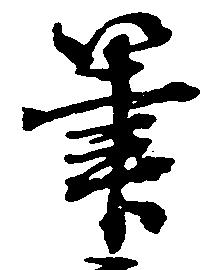
筆